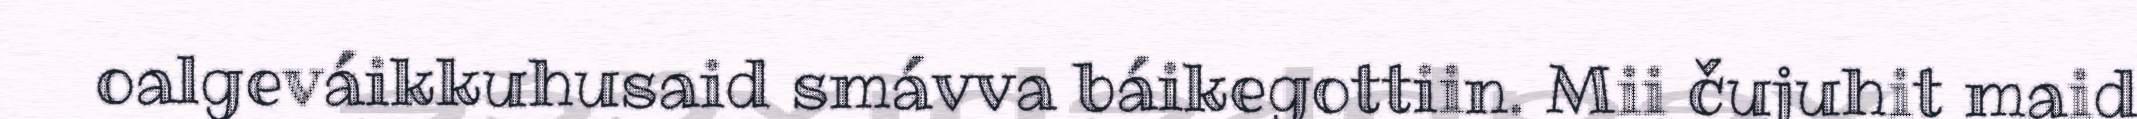
oalgeváikkuhusaid smávva báikegottiin. Mii čujuhit maid